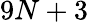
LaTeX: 9N+3